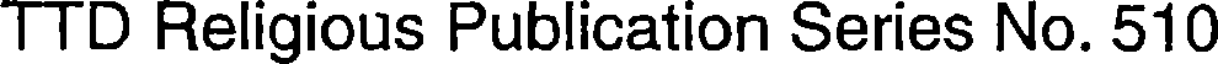
TTD Religious Publication Series No. 510